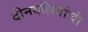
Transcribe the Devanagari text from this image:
दीनदलितांची